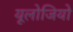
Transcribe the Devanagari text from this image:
यूलोजियो